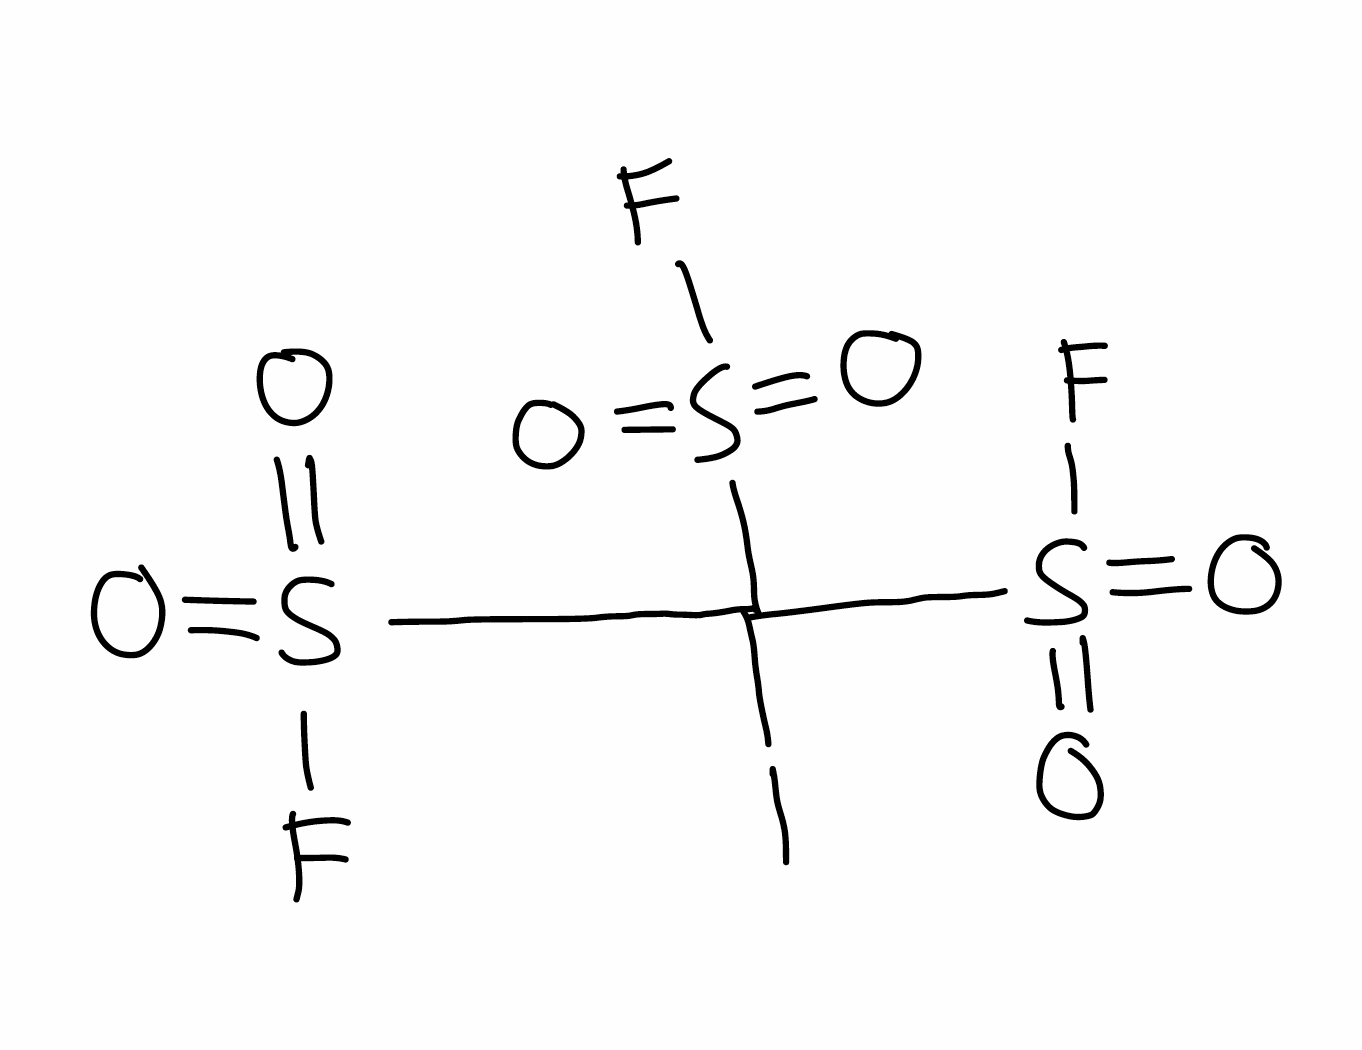
Simplified molecular-input line-entry system (SMILES) notation of the given molecule:
C(S(=O)(=O)F)(S(=O)(=O)F)(S(=O)(=O)F)I